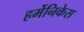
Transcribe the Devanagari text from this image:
हर्मेनिकेस